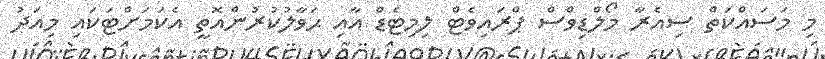
މި މަސައްކަތް ސިއެރާ މޯލްޑިވްސް ޕްރައިވެޓް ލިމިޓެޑް އާއި ޙަވާލުކުރުންއޮތީ އެކަމަށްޓަކައި މިއަދު